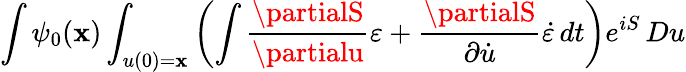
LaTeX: \int\psi_{0}(\mathbf{x})\int_{u(0)=\mathbf{x}}\left(\int{\frac{{\partialS}}{{\partialu}}}\varepsilon+{\frac{{\partialS}}{{\partial{\dot{{u}}}}}}{\dot{{\varepsilon}}}\, dt\right)e^{iS}\, Du